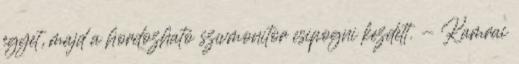
egyet, majd a hordozható szívmonitor csipogni kezdett. - Kamrai